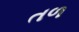
તળ